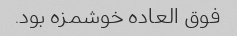
فوق العاده خوشمزه بود.